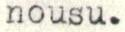
nousu.